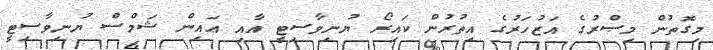
މިގޮތުން މިޞްރުގެ އަޒުހަރުގެ އިތުރުން ކައިރޯ ޔުނިވާސިޓީ އާއި ޢައިން ޝަމްސް ޔުނިވާސިޓީ